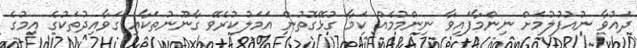
ދައުވާ ނުއުފުލުމަށް ނިންމާފައިވާ ނިންމުމެއް ކަމާ ގުޅޭގޮތުން އަމަލުކުރެވޭ ގާނޫނުތަކާއި ގަވާއިދުތަކުގެ އިމުގެ